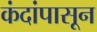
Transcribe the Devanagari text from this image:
कंदांपासून